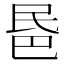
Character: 𣱈